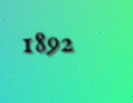
1892